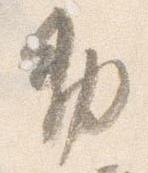
勅